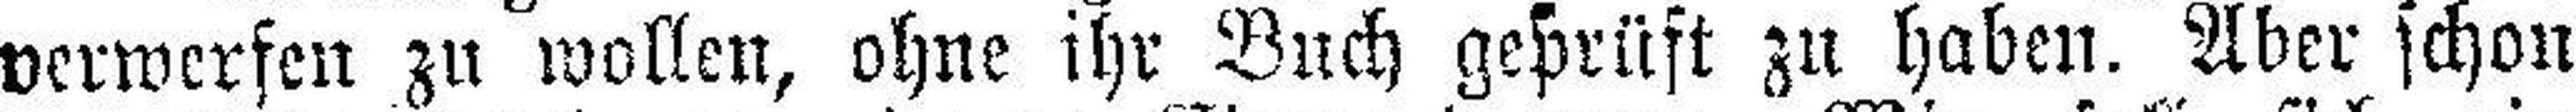
verwerfen zu wollen, ohne ihr Buch geprüft zu haben. Aber schon